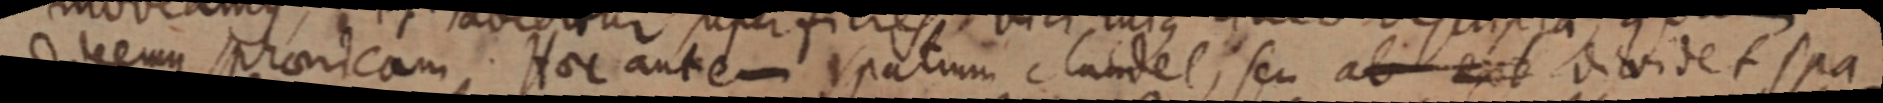
dicemus sphaericam. Haec autem spatium claudet, seu ab ext dividet spa